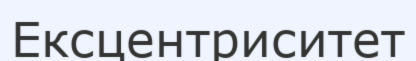
Ексцентриситет